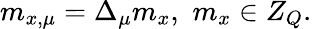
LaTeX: m_{x,\mu}=\Delta_{\mu}m_{x},\, \, m_{x}\in Z_{Q}.